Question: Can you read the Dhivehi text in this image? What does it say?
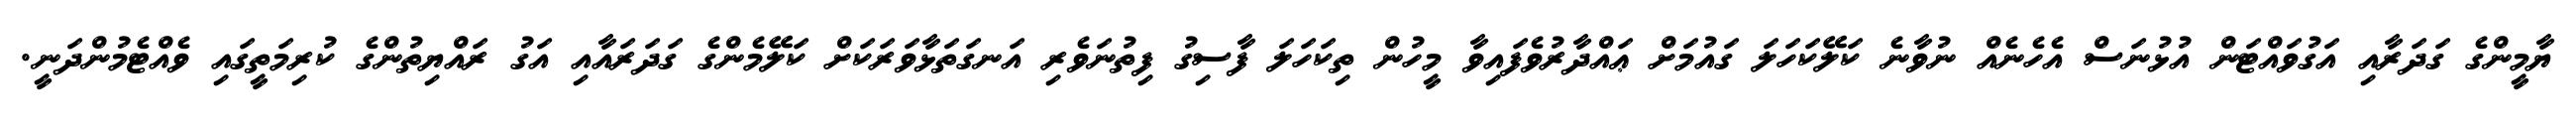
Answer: ޔާމީންގެ ގަދަރާއި އަގުވައްޓަން އުޅުނަސް އެހެނެއް ނުވާނެ ކަލޭކަހަލަ ގައުމަށް ޢައްދާރުވެފައިވާ މީހުން ތިކަހަލަ ފާސިގު ފިތުނަވެރި އަނގަތަޅާވަރަކަށް ކަލޭމެންގެ ގަދަރައާއި އަގު ރައްޔިތުންގެ ކުރިމަތީގައި ވެއްޓެމުންދަނީ.